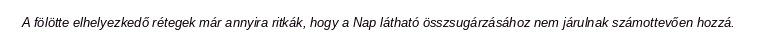
A fölötte elhelyezkedő rétegek már annyira ritkák, hogy a Nap látható összsugárzásához nem járulnak számottevően hozzá.